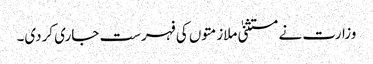
وزارت نے مستثنیٰ ملازمتوں کی فہرست جاری کردی۔